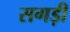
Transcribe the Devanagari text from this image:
सगड़ी